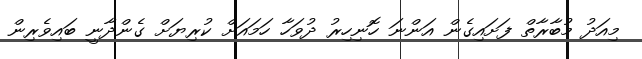
މިއަދު މުބާރާތް ފަށައިގެން އަންނަ ހޮނިހިރު ދުވަހާ ހަމައަށް ކުރިޔަށް ގެންދާނީ ބައިވެރިން